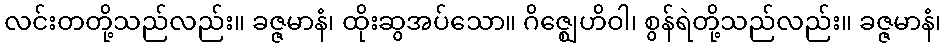
လင်းတတို့သည်လည်း။ ခဇ္ဇမာနံ၊ ထိုးဆွအပ်သော။ ဂိဇ္ဈေဟိဝါ၊ စွန်ရဲတို့သည်လည်း။ ခဇ္ဇမာနံ၊